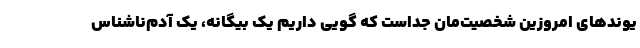
یوندهای امروزین شخصیت‌مان جداست که گویی داریم یک بیگانه، یک آدم‌ناشناس